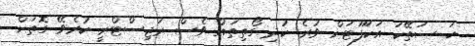
ހަ ސަތޭކަ އަކަފޫޓަށް ވުރެ ކުދި ގޯތިތައް ވެސް ރަޖިސްޓްރީ ކުރެވޭ ގޮތަށް